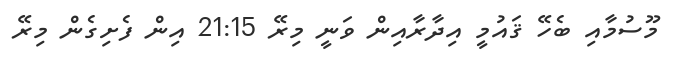
މޫސުމާއި ބެހޭ ޤައުމީ އިދާރާއިން ވަނީ މިރޭ 21:15 އިން ފެށިގެން މިރޭ